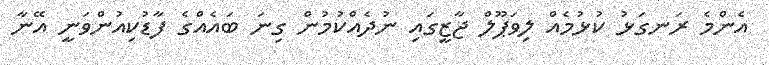
އެންމެ ރަނގަޅު ކުޅުމެއް ލިވަޕޫލް ޖާޒީގައި ނުދެއްކުމުން ގިނަ ބައެއްގެ ފާޑުކިއުންވަނީ އޭނާ